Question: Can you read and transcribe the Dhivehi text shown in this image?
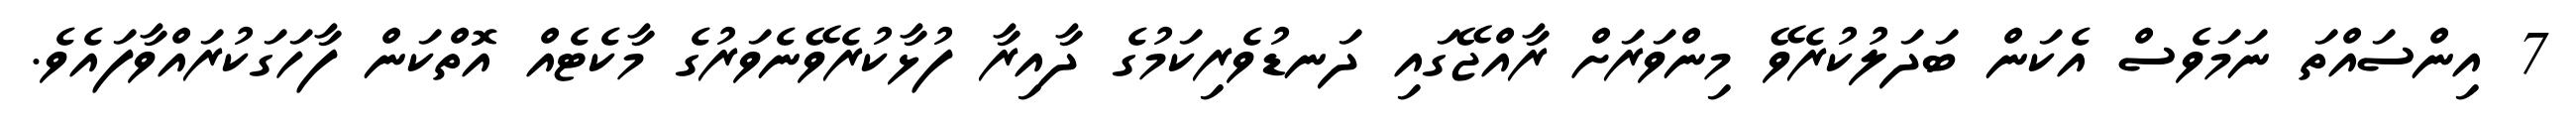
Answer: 7 އިންސައްތަ ނަމަވެސް އެކަން ބަދަލުކުރެވޭ މިންވަރަށް ރާއްޖޭގައި ދަނޑުވެރިކަމުގެ ދާއިރާ ފުޅާކުރެވޭނެވަރުގެ މާކެޓެއް އޮތްކަން ފާހަގަކުރައްވާފައެވެ.